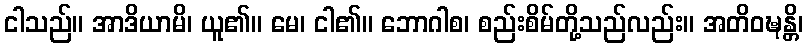
ငါသည်။ အာဒိယာမိ၊ ယူ၏။ မေ၊ ငါ၏။ ဘောဂါစ၊ စည်းစိမ်တို့သည်လည်း။ အတိဝဍ္ဎန္တိ၊